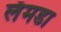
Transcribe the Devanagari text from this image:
लॅमडा